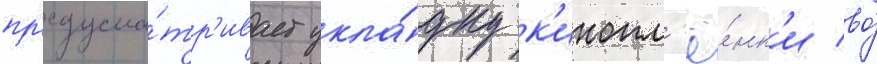
пр'едусма́тр'ивает укла́дку к'инопл'ё́нк'и во́